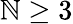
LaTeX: \mathbb{N}\geq3